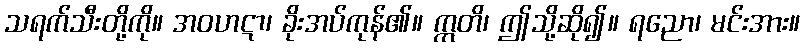
သရက်သီးတို့ကို။ အဝဟဋာ၊ ခိုးအပ်ကုန်၏။ ဣတိ၊ ဤသို့ဆို၍။ ရညော၊ မင်းအား။